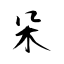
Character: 查